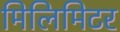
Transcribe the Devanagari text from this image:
मिलिमिटर